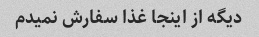
دیگه از اینجا غذا سفارش نمیدم